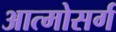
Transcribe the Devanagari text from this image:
आत्मोसर्ग